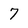
Character: 7